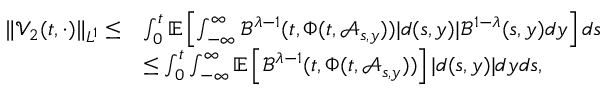
\begin{array} { r l } { \| \mathcal { V } _ { 2 } ( t , \cdot ) \| _ { L ^ { 1 } } \leq } & { \int _ { 0 } ^ { t } \mathbb { E } \left[ \int _ { - \infty } ^ { \infty } \mathcal { B } ^ { \lambda - 1 } ( t , \Phi ( t , \mathcal { A } _ { s , y } ) ) | d ( s , y ) | \mathcal { B } ^ { 1 - \lambda } ( s , y ) d y \right] d s } \\ & { \leq \int _ { 0 } ^ { t } \int _ { - \infty } ^ { \infty } \mathbb { E } \left[ \mathcal { B } ^ { \lambda - 1 } ( t , \Phi ( t , \mathcal { A } _ { s , y } ) ) \right] | d ( s , y ) | d y d s , } \end{array}